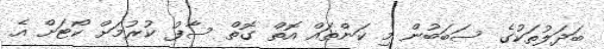
ބަދަލުތަކުގެ ސަބަބުން މި ކަންތައް އޮތް ގޮތް ސާފު ކުރުމަށް ކޯޓަށް އެ